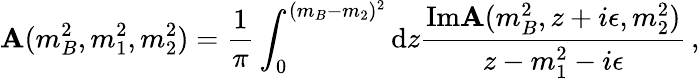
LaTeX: \mathbf{A}(m_{B}^{2},m_{1}^{2},m_{2}^{2})={\frac{{1}}{{\pi}}}\int_{0}^{(m_{B}-m_{2})^{2}}{\mathrm{d}}z{\frac{{\mathrm{{Im}}\mathbf{A}(m_{B}^{2},z+i\epsilon,m_{2}^{2})}}{{z-m_{1}^{2}-i\epsilon}}}\, ,